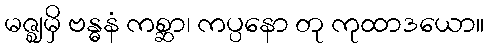
မဇ္ဈမှိ ဗန္ဓနံ ကစ္ဆာ၊ ကပ္ပနော တု ကုထာဒယော။